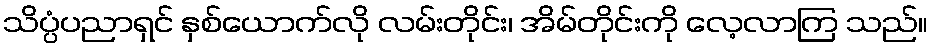
သိပ္ပံပညာရှင် နှစ်ယောက်လို လမ်းတိုင်း၊ အိမ်တိုင်းကို လေ့လာကြ သည်။